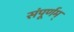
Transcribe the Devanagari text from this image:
संपूर्णम्‌